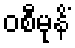
ဝစီမုနိံ